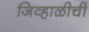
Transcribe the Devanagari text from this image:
जिव्हाळीची